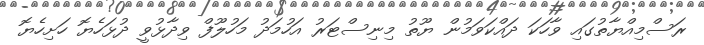
ރަސްމިއްޔާތުގައި ވާހަކަ ދައްކަވަމުން ޔޫތު މިނިސްޓަރު އަހުމަދު މަހުލޫފް ވިދާޅުވީ ދުޅަހެޔޮ ހަށިހެޔޮ